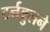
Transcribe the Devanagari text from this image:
टर्नबुलने